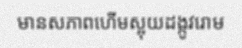
មានសភាពហើមស្អុយដង្កូវរោម